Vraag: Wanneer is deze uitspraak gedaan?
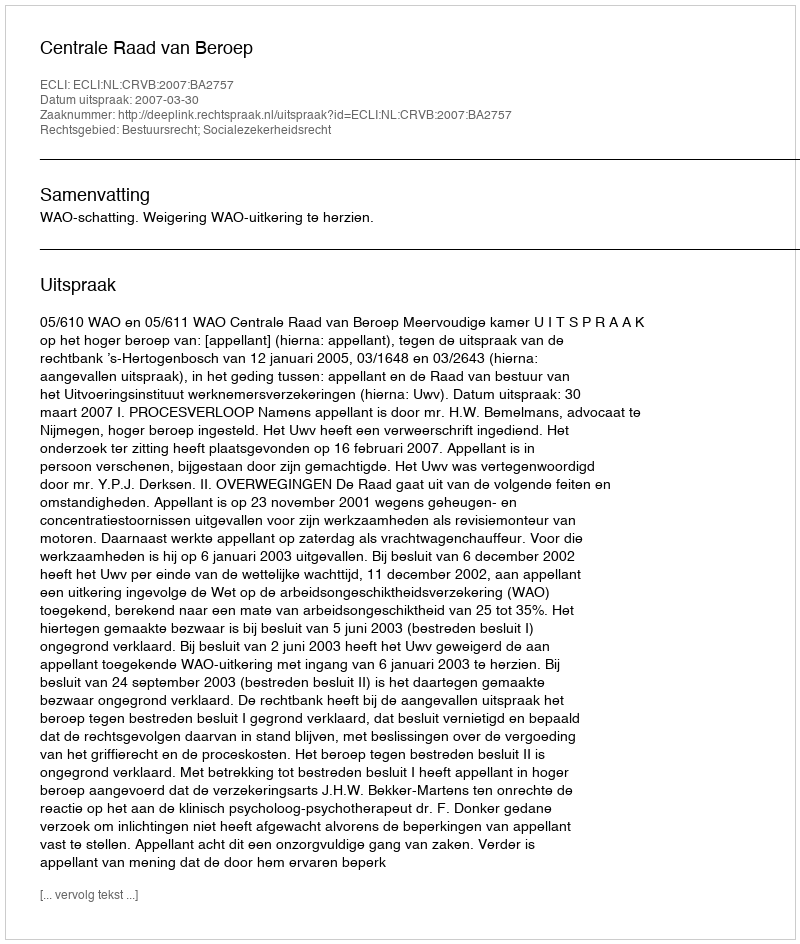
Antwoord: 2007-03-30